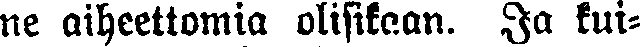
ne aiheettomia olisikaan. Ja kui-